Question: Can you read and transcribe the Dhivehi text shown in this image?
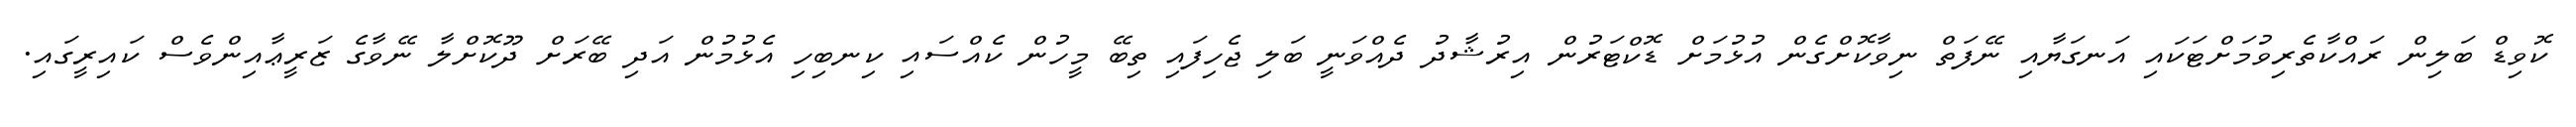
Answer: ކޮވިޑް ބަލިން ރައްކާތެރިވުމަށްޓަކައި އަނގަޔާއި ނޭފަތް ނިވާކޮށްގެން އުޅުމަށް ޑޮކްޓަރުން އިރުޝާދު ދެއްވަނީ ބަލި ޖެހިފައި ތިބޭ މީހުން ކެއްސައި ކިނބިހި އެޅުމުން އަދި ބޭރަށް ދޫކޮށްލާ ނޭވާގެ ޒަރީޢާއިންވެސް ކައިރީގައި.